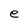
Character: e